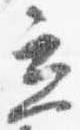
立